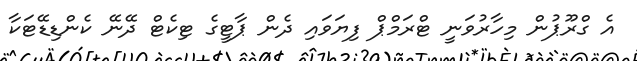
އެ ގްރޫޕުން މިހާރުވަނީ ޓްރަމްޕް ފިޔަވައި ދެން ޕާޓީގެ ޓިކެޓް ދޭނޭ ކެންޑިޑޭޓަކާ